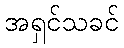
အရှင်သခင်